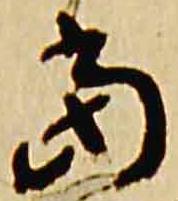
当